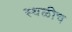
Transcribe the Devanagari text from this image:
स्थळीच